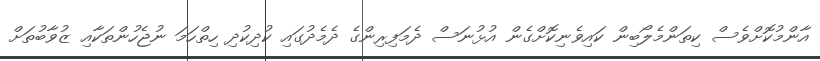
އާންމުކޮށްވެސް ކިތަންމެލޯބިން ކައިވެނިކޮށްގެން އުޅުނަސް ދެމަފިރިންގެ ދެމެދުގައި ކުދިކުދި ހިތްހަމަ ނުޖެހުންތަކާއި ޒުވާބުތަށް